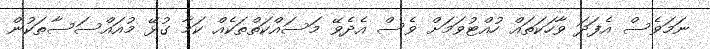
ނަމަވެސް އެފަދަ ވާހަކަތައް ހުއްޓުވަމަށް ވެސް އެދެވޭ މަސައްކަތްތަކެއް ކަމާ ގުޅޭ މުއައްސަސާތަކުން